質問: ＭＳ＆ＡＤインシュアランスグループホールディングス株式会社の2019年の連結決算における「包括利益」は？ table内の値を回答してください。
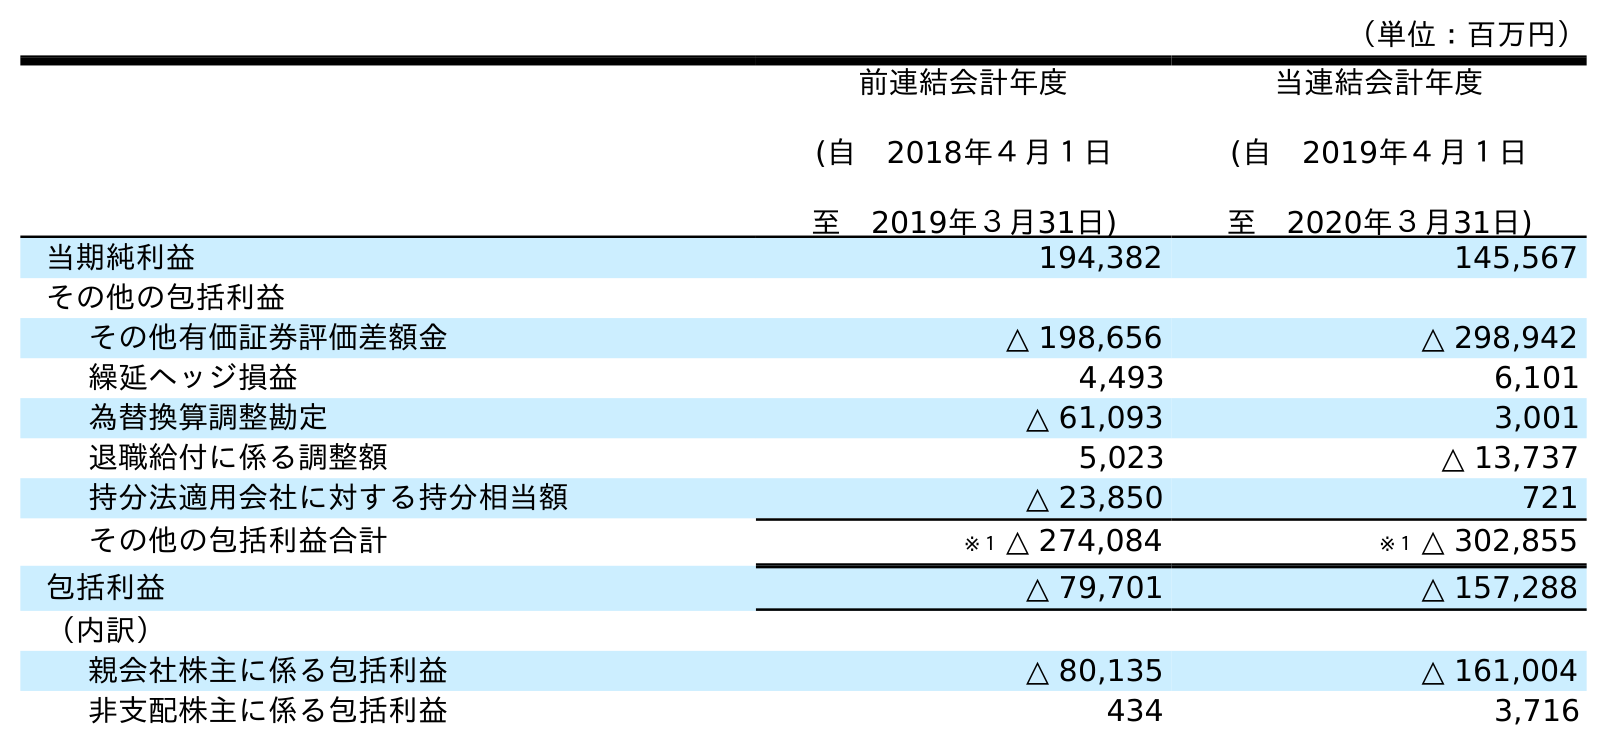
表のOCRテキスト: （単位：百万円） 前連結会計年度 (自 2018年４月１日 至 2019年３月31日) 当連結会計年度 (自 2019年４月１日 至 2020年３月31日) 当期純利益 194,382 145,567 その他の包括利益 その他有価証券評価差額金 △ 198,656 △ 298,942 繰延ヘッジ損益 4,493 6,101 為替換算調整勘定 △ 61,093 3,001 退職給付に係る調整額 5,023 △ 13,737 持分法適用会社に対する持分相当額 △ 23,850 721 その他の包括利益合計 ※１ △ 274,084 ※１ △ 302,855 包括利益 △ 79,701 △ 157,288 （内訳） 親会社株主に係る包括利益 △ 80,135 △ 161,004 非支配株主に係る包括利益 434 3,716
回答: △79,701